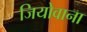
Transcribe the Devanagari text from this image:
जियोवाना